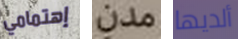
إهتمامي مدن ألديها